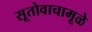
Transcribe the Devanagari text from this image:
सूतोवाचामूळे